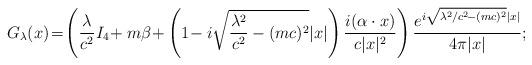
LaTeX: \begin{align*} G_\lambda(x) \!=\! \left( \frac{\lambda}{c^2} I_4 \! + m \beta \! + \left( 1 \! - i \sqrt{\frac{\lambda^2}{c^2} - (m c)^2} |x| \right) \frac{i(\alpha \cdot x )}{c |x|^2} \right)\frac{e^{i \sqrt{\lambda^2/c^2\! - (m c)^2} |x|}}{4 \pi |x|};\end{align*}